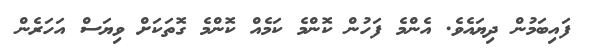
ފައިބަމުން ދިޔައެވެ. އެންމެ ފަހުން ކޮންމެ ކަމެއް ކޮންމެ ގޮތަކަށް ވިޔަސް އަހަރެން